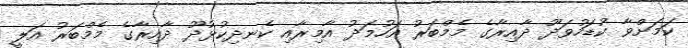
ކަމަށްވާ ކުޑަހުވަދޫ ދާއިރާގެ މެމްބަރު އަހުމަދު އާމިރާއި ކެނދިކުޅުދޫ ދާއިރާގެ މެމްބަރު އަލީ